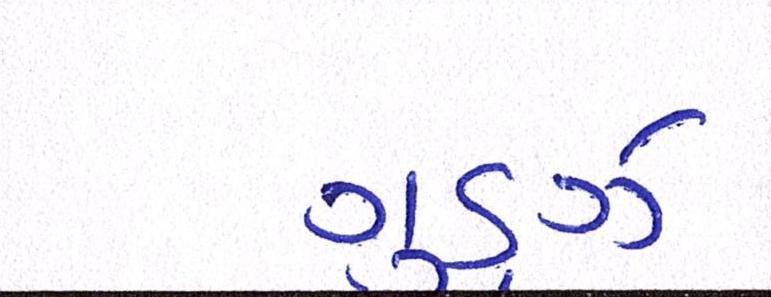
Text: ગૂડ્ઝ